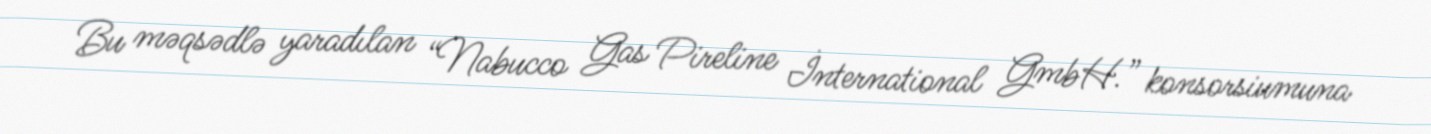
Bu məqsədlə yaradılan “Nabucco Gas Pireline İnternational GmbH.” konsorsiumuna